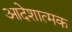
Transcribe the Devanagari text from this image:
आदेशात्‍मक